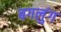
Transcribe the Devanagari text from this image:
बगलुंग